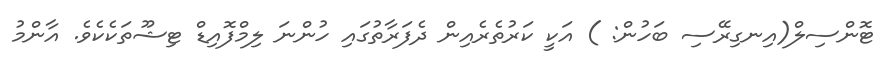
ޓޮންސިލް(އިނގިރޭސި ބަހުން: ) އަކީ ކަރުތެރެއިން ދެފަރާތުގައި ހުންނަ ލިމްފޮއިޑް ޓިޝޫތަކެކެވެ. އާންމު